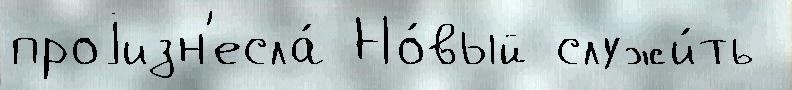
проjизн'есла́ Но́вый служи́ть